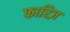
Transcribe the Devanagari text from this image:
फारिज़